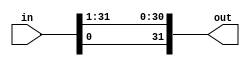
module ROTR(out,in);

    input [31:0] in;
    parameter N = 1;
    output [31:0] out;
    
    assign out = {in[N-1:0],in[31:N]};

endmodule